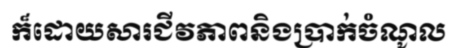
ក៏ដោយសារជីវភាពនិងប្រាក់ចំណូល